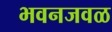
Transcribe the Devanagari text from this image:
भवनजवळ